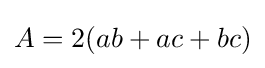
A=2(ab+ac+bc)